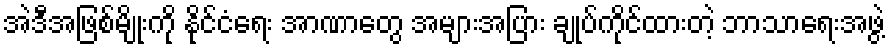
အဲဒီအဖြစ်မျိုးကို နိုင်ငံရေး အာဏာတွေ အများအပြား ချုပ်ကိုင်ထားတဲ့ ဘာသာရေးအဖွဲ့